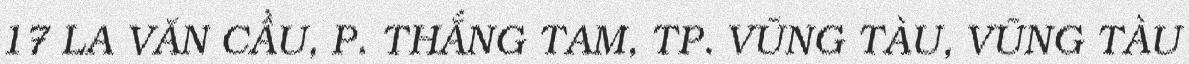
17 LA VĂN CẦU, P. THẮNG TAM, TP. VŨNG TÀU, VŨNG TÀU